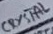
Text: CRYSTAL